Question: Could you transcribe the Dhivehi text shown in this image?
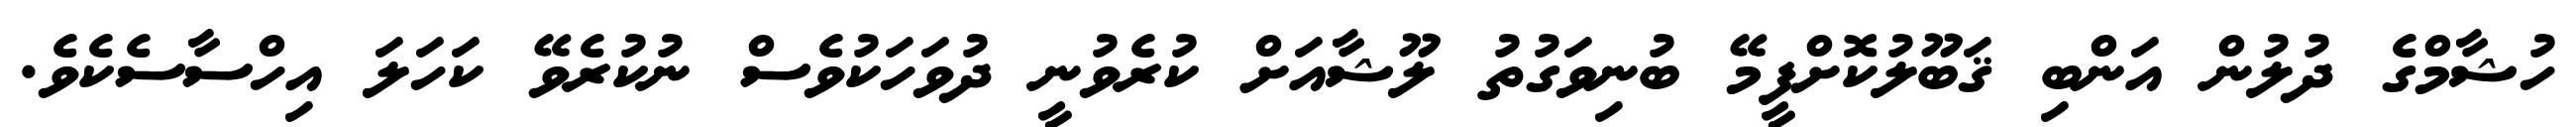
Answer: ހުޝާމްގެ ދުލުން އަންބި ޤަބޫލުކޮށްފީމޭ ބުނިވަގުތު ލޫޝާއަށް ކުރެވުނީ ދުވަހަކުވެސް ނުކުރެވޭ ކަހަލަ އިހްސާސެކެވެ.